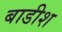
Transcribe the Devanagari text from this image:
बाडीश